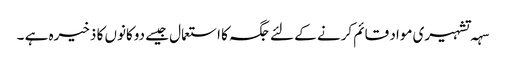
سہہ تشہیری مواد قائم کرنے کے لئے جگہ کا استعمال جیسے دوکانوں کا ذخیرہ ہے ۔